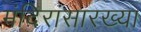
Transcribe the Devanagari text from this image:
मंदिरांसारख्या